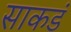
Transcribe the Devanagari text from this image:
साकडं